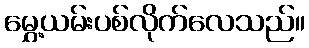
မွှေ့ယမ်းပစ်လိုက်လေသည်။